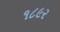
૧૮૯૨